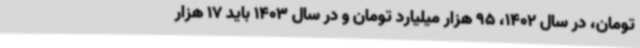
تومان، در سال 1402، 95 هزار میلیارد تومان و در سال 1403 باید 17 هزار